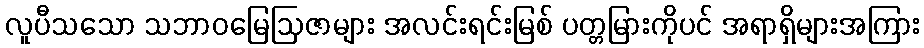
လူပီသသော သဘာဝမြေဩဇာများ အလင်းရင်းမြစ် ပတ္တမြားကိုပင် အရာရှိများအကြား